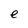
Character: e